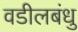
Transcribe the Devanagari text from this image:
वडीलबंधु